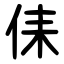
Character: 㑍